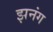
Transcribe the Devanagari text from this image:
झनंग